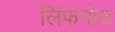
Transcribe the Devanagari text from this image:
लिंफनोड